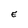
Character: e